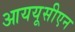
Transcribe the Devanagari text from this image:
आययूसीएन